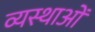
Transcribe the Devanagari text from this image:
व्यस्थाओं